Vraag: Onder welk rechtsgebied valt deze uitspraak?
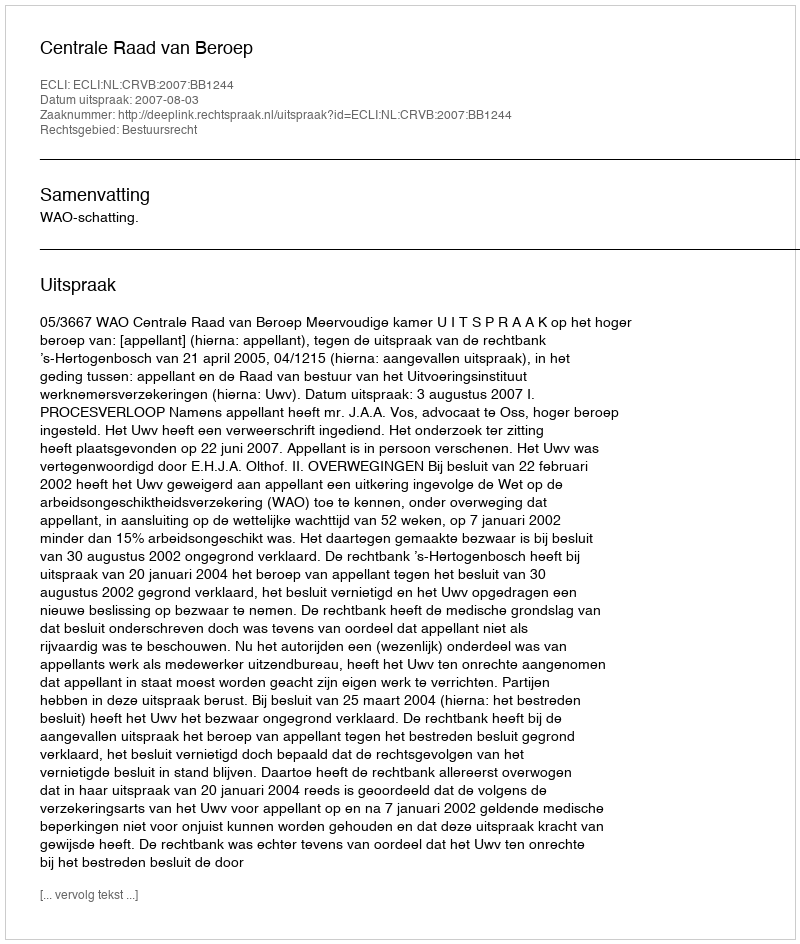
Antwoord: Bestuursrecht